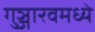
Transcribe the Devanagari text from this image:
गुञ्जारवमध्ये